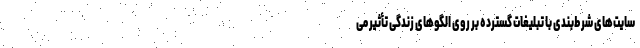
سایت‌های شرط‌بندی با تبلیغات گسترده بر روی الگوهای زندگی تأثیر می